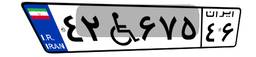
۴۲W۶۷۵۴۶